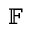
\mathbb { F }